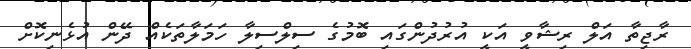
ރާޖިތާ އަލް ރިޝާވީ އަކީ އުރުދުންގައި ބޮމުގެ ސިލްސިލާ ހަމަލާތަކެއް ދޭން އުޅެނިކޮށް